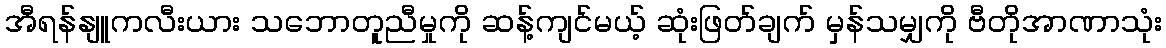
အီရန်နျူကလီးယား သဘောတူညီမှုကို ဆန့်ကျင်မယ့် ဆုံးဖြတ်ချက် မှန်သမျှကို ဗီတိုအာဏာသုံး